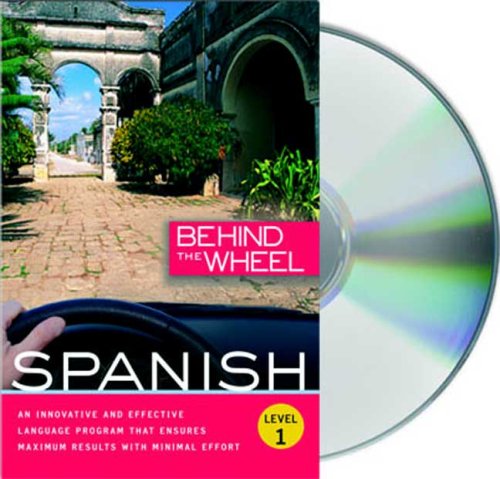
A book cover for Behind the Wheel - Spanish 1; Behind the Wheel; Engineering & Transportation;